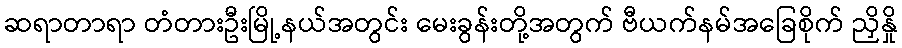
ဆရာတာရာ တံတားဦးမြို့နယ်အတွင်း မေးခွန်းတို့အတွက် ဗီယက်နမ်အခြေစိုက် ညှိနှို